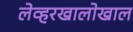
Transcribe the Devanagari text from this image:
लेव्हरखालोखाल